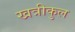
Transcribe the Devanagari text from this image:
खत्रीकुल